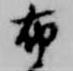
布